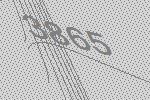
3865